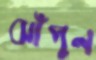
ঝাঁপুন